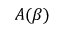
A ( \beta )